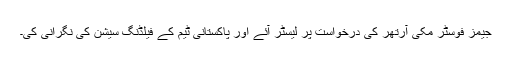
جیمز فوسٹر مکی آرتھر کی درخواست پر لیسٹر آئے اور پاکستانی ٹیم کے فیلڈنگ سیشن کی نگرانی کی۔